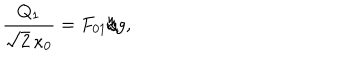
LaTeX: \frac { Q _ { 1 } } { \sqrt { 2 } \, \kappa _ { 0 } } = F _ { 0 1 } / g ,